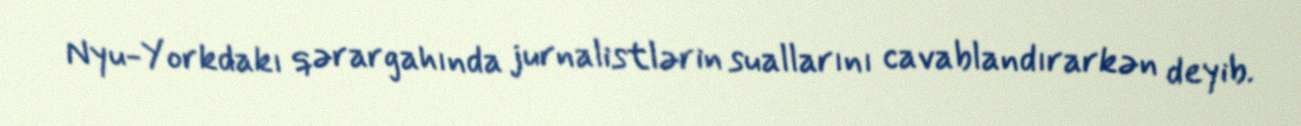
Nyu-Yorkdakı qərargahında jurnalistlərin suallarını cavablandırarkən deyib.